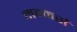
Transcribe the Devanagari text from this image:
मम्मर्स